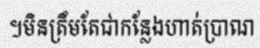
។មិនត្រឹមតែជាកន្លែងហាត់ប្រាណ